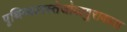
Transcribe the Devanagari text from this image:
पृथिव्यापस्तेजोवायुराकाश